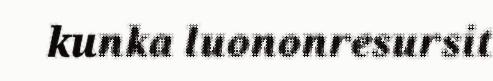
kunka luononresursit